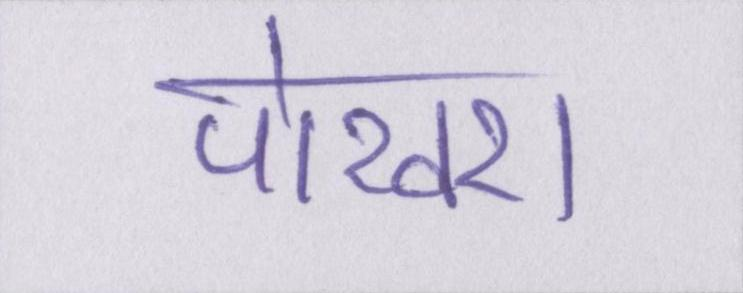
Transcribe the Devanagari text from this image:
पोखरा